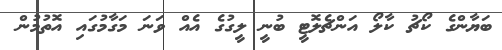
ބަޔާންގެ ކޯޗު ކާލޯ އަންޗެލޮޓީ ބުނީ ލީގުގެ އެއް ވަނަ މަގާމުގައި އޮތުމުން